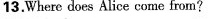
13.Where does Alice come from?